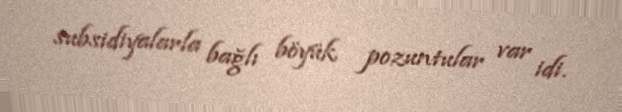
subsidiyalarla bağlı böyük pozuntular var idi.